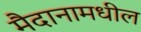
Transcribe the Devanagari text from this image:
मैदानामधील